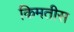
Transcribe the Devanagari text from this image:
किमतीस